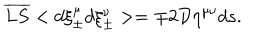
\overline { { { L S } } } < d \xi _ { \pm } ^ { \mu } d \xi _ { \pm } ^ { \nu } > = \mp 2 { \cal D } \eta ^ { \mu \nu } d s .